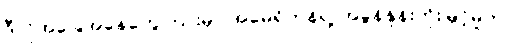
ဒီလိုအခြေအနေတွေကြားမှာ အမေရိကန်ရဲ့ အခွန်နှုန်းတိုးမြှင့်မှုက